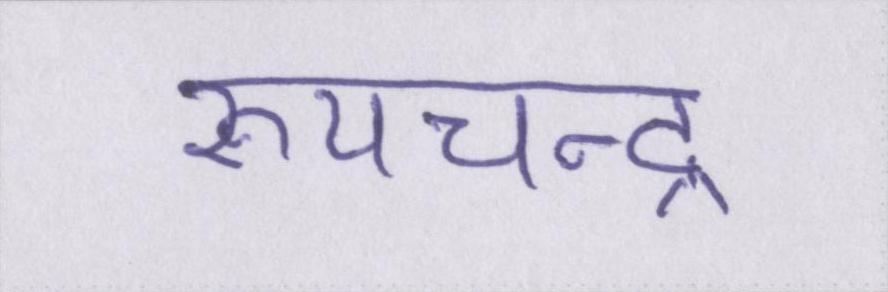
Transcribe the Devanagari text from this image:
रूपचन्द्र